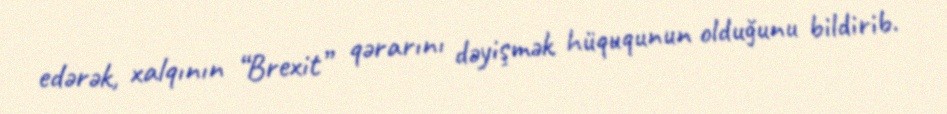
edərək, xalqının “Brexit” qərarını dəyişmək hüququnun olduğunu bildirib.